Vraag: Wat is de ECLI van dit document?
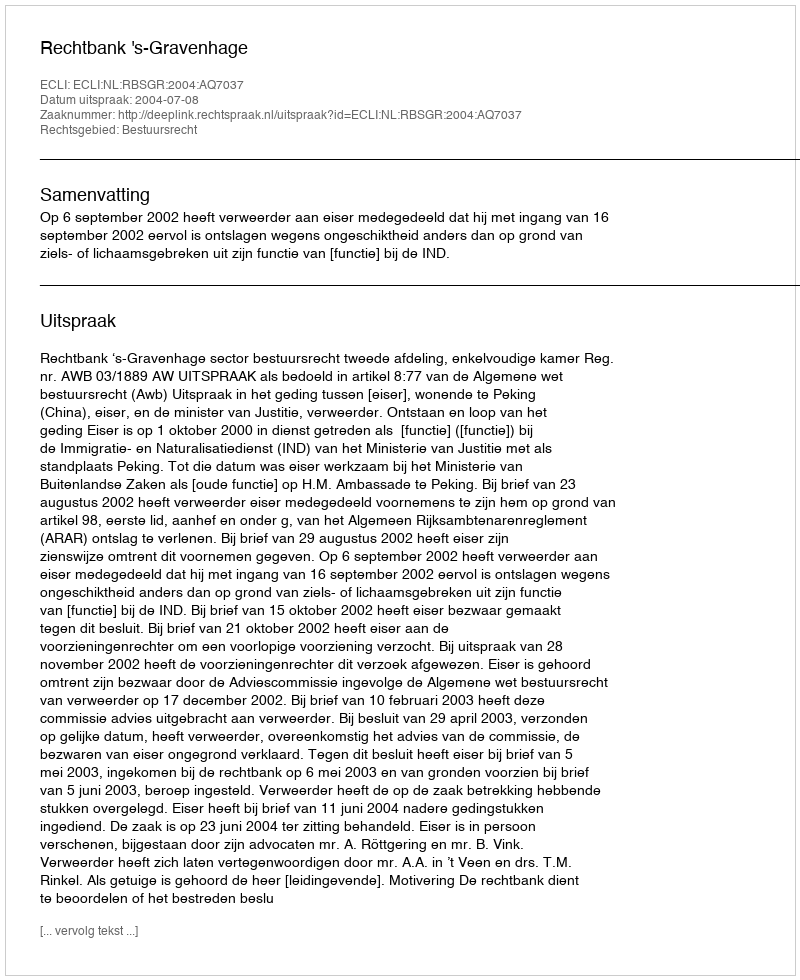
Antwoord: ECLI:NL:RBSGR:2004:AQ7037